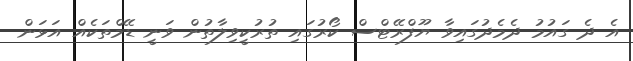
އެ ދެ ގައުމު ދެމެދުގައިވާ ޔޫފްރޭޓްސް ކޯރުގައި ތުރުކީވިލާތުން ވަނީ ޑޭމްތަކެއް އަޅަން